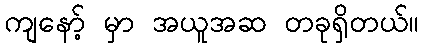
ကျနော့် မှာ အယူအဆ တခုရှိတယ်။